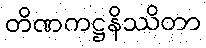
တိဏကဋ္ဌနိဿိတာ